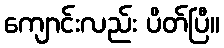
ကျောင်းလည်း ပိတ်ပြီ။